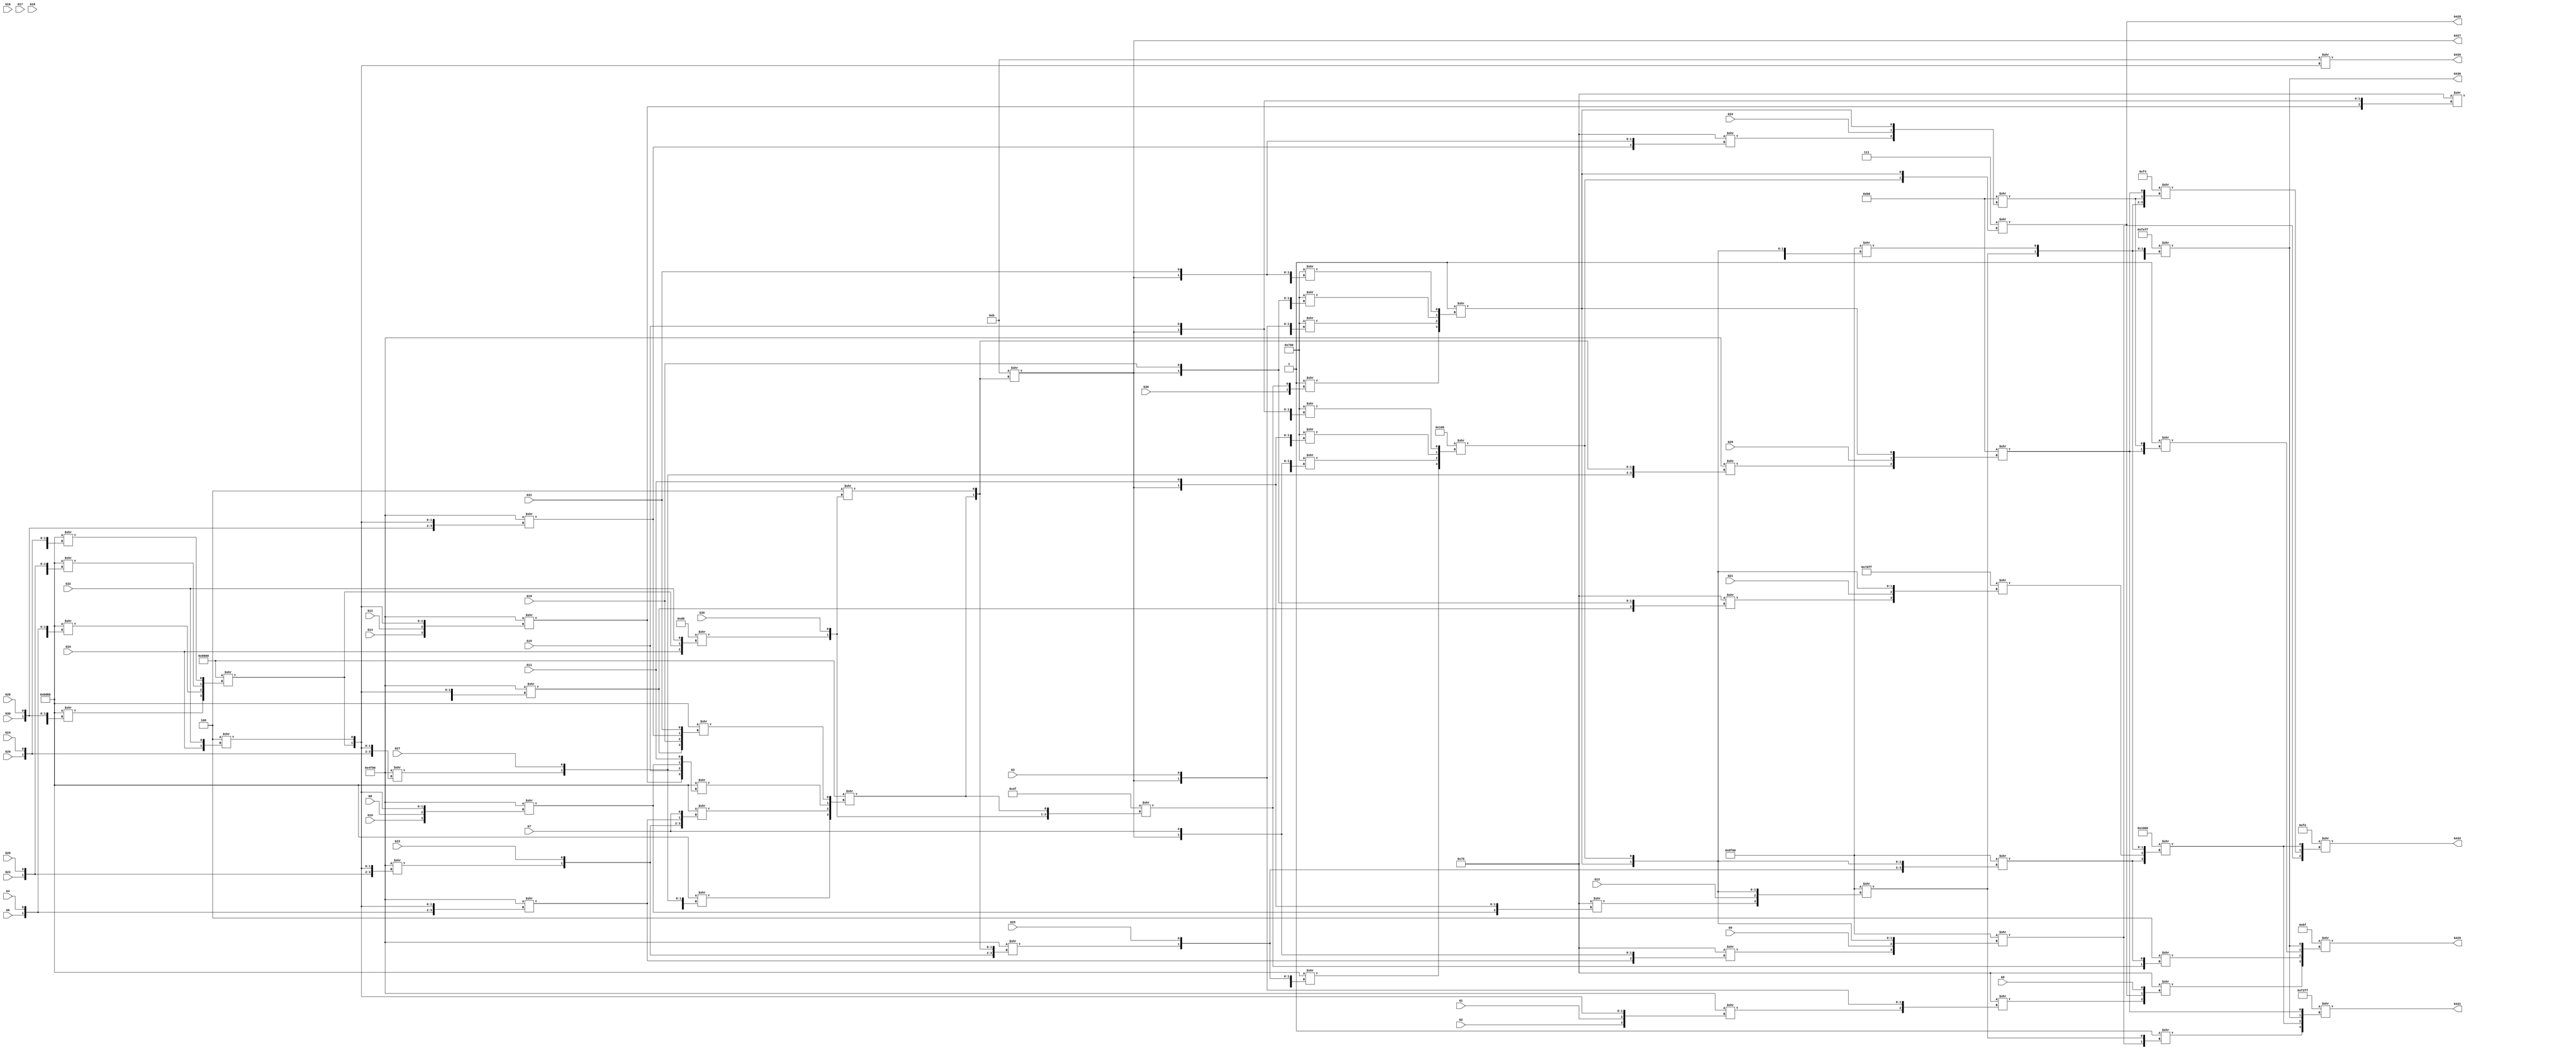
/* Generated by Yosys 0.9 (git sha1 1979e0b) */

(* src = "designs/c432.v:1" *)
module c432(G1, G10, G11, G12, G13, G14, G15, G16, G17, G18, G19, G2, G20, G21, G22, G23, G24, G25, G26, G27, G28, G29, G3, G30, G31, G32, G33, G34, G35, G36, G4, G426, G427, G428, G429, G430, G431, G432, G5, G6, G7, G8, G9);
  wire _000_;
  wire _001_;
  wire _002_;
  wire _003_;
  wire _004_;
  wire _005_;
  wire _006_;
  wire _007_;
  wire _008_;
  wire _009_;
  wire _010_;
  wire _011_;
  wire _012_;
  wire _013_;
  wire _014_;
  wire _015_;
  wire _016_;
  wire _017_;
  wire _018_;
  wire _019_;
  wire _020_;
  wire _021_;
  wire _022_;
  wire _023_;
  wire _024_;
  wire _025_;
  wire _026_;
  wire _027_;
  wire _028_;
  wire _029_;
  wire _030_;
  wire _031_;
  wire _032_;
  wire _033_;
  wire _034_;
  wire _035_;
  wire _036_;
  wire _037_;
  wire _038_;
  wire _039_;
  wire _040_;
  wire _041_;
  wire _042_;
  wire _043_;
  wire _044_;
  wire _045_;
  wire _046_;
  wire _047_;
  wire _048_;
  wire _049_;
  wire _050_;
  wire _051_;
  wire _052_;
  wire _053_;
  wire _054_;
  wire _055_;
  wire _056_;
  wire _057_;
  wire _058_;
  wire _059_;
  wire _060_;
  wire _061_;
  wire _062_;
  wire _063_;
  wire _064_;
  wire _065_;
  wire _066_;
  wire _067_;
  wire _068_;
  wire _069_;
  wire _070_;
  wire _071_;
  wire _072_;
  wire _073_;
  wire _074_;
  wire _075_;
  wire _076_;
  wire _077_;
  wire _078_;
  wire _079_;
  wire _080_;
  wire _081_;
  wire _082_;
  wire _083_;
  wire _084_;
  wire _085_;
  wire _086_;
  wire _087_;
  wire _088_;
  wire _089_;
  wire _090_;
  wire _091_;
  wire _092_;
  wire _093_;
  wire _094_;
  wire _095_;
  wire _096_;
  wire _097_;
  wire _098_;
  wire _099_;
  wire _100_;
  wire _101_;
  wire _102_;
  wire _103_;
  wire _104_;
  wire _105_;
  wire _106_;
  wire _107_;
  wire _108_;
  wire _109_;
  wire _110_;
  wire _111_;
  wire _112_;
  wire _113_;
  wire _114_;
  wire _115_;
  wire _116_;
  wire _117_;
  wire _118_;
  wire _119_;
  wire _120_;
  wire _121_;
  wire _122_;
  wire _123_;
  wire _124_;
  wire _125_;
  wire _126_;
  wire _127_;
  wire _128_;
  wire _129_;
  wire _130_;
  wire _131_;
  wire _132_;
  wire _133_;
  wire _134_;
  wire _135_;
  wire _136_;
  wire _137_;
  wire _138_;
  wire _139_;
  wire _140_;
  wire _141_;
  wire _142_;
  wire _143_;
  wire _144_;
  wire _145_;
  wire _146_;
  wire _147_;
  wire _148_;
  wire _149_;
  (* src = "designs/c432.v:4" *)
  wire _150_;
  (* src = "designs/c432.v:4" *)
  wire _151_;
  (* src = "designs/c432.v:4" *)
  wire _152_;
  (* src = "designs/c432.v:4" *)
  wire _153_;
  (* src = "designs/c432.v:4" *)
  wire _154_;
  (* src = "designs/c432.v:4" *)
  wire _155_;
  (* src = "designs/c432.v:4" *)
  wire _156_;
  (* src = "designs/c432.v:4" *)
  wire _157_;
  (* src = "designs/c432.v:4" *)
  wire _158_;
  (* src = "designs/c432.v:4" *)
  wire _159_;
  (* src = "designs/c432.v:4" *)
  wire _160_;
  (* src = "designs/c432.v:4" *)
  wire _161_;
  (* src = "designs/c432.v:4" *)
  wire _162_;
  (* src = "designs/c432.v:4" *)
  wire _163_;
  (* src = "designs/c432.v:4" *)
  wire _164_;
  (* src = "designs/c432.v:4" *)
  wire _165_;
  (* src = "designs/c432.v:4" *)
  wire _166_;
  (* src = "designs/c432.v:4" *)
  wire _167_;
  (* src = "designs/c432.v:4" *)
  wire _168_;
  (* src = "designs/c432.v:4" *)
  wire _169_;
  (* src = "designs/c432.v:4" *)
  wire _170_;
  (* src = "designs/c432.v:4" *)
  wire _171_;
  (* src = "designs/c432.v:4" *)
  wire _172_;
  (* src = "designs/c432.v:4" *)
  wire _173_;
  (* src = "designs/c432.v:4" *)
  wire _174_;
  (* src = "designs/c432.v:4" *)
  wire _175_;
  (* src = "designs/c432.v:4" *)
  wire _176_;
  (* src = "designs/c432.v:4" *)
  wire _177_;
  (* src = "designs/c432.v:4" *)
  wire _178_;
  (* src = "designs/c432.v:4" *)
  wire _179_;
  (* src = "designs/c432.v:4" *)
  wire _180_;
  (* src = "designs/c432.v:6" *)
  wire _181_;
  (* src = "designs/c432.v:6" *)
  wire _182_;
  (* src = "designs/c432.v:6" *)
  wire _183_;
  (* src = "designs/c432.v:6" *)
  wire _184_;
  (* src = "designs/c432.v:6" *)
  wire _185_;
  (* src = "designs/c432.v:6" *)
  wire _186_;
  (* src = "designs/c432.v:6" *)
  wire _187_;
  (* src = "designs/c432.v:4" *)
  wire _188_;
  (* src = "designs/c432.v:4" *)
  wire _189_;
  (* src = "designs/c432.v:4" *)
  wire _190_;
  (* src = "designs/c432.v:4" *)
  wire _191_;
  (* src = "designs/c432.v:4" *)
  wire _192_;
  wire _193_;
  wire _194_;
  wire _195_;
  wire _196_;
  wire _197_;
  wire _198_;
  wire _199_;
  wire _200_;
  wire _201_;
  wire _202_;
  wire _203_;
  wire _204_;
  wire _205_;
  wire _206_;
  wire _207_;
  wire _208_;
  wire _209_;
  wire _210_;
  wire _211_;
  wire _212_;
  wire _213_;
  wire _214_;
  wire _215_;
  wire _216_;
  wire _217_;
  wire _218_;
  wire _219_;
  wire _220_;
  wire _221_;
  wire _222_;
  wire _223_;
  wire _224_;
  wire _225_;
  wire _226_;
  wire _227_;
  wire _228_;
  wire _229_;
  wire _230_;
  wire _231_;
  wire _232_;
  wire _233_;
  wire _234_;
  wire _235_;
  wire _236_;
  wire _237_;
  wire _238_;
  wire _239_;
  wire _240_;
  wire _241_;
  wire _242_;
  wire _243_;
  wire _244_;
  wire _245_;
  (* src = "designs/c432.v:4" *)
  input G1;
  (* src = "designs/c432.v:4" *)
  input G10;
  (* src = "designs/c432.v:4" *)
  input G11;
  (* src = "designs/c432.v:4" *)
  input G12;
  (* src = "designs/c432.v:4" *)
  input G13;
  (* src = "designs/c432.v:4" *)
  input G14;
  (* src = "designs/c432.v:4" *)
  input G15;
  (* src = "designs/c432.v:4" *)
  input G16;
  (* src = "designs/c432.v:4" *)
  input G17;
  (* src = "designs/c432.v:4" *)
  input G18;
  (* src = "designs/c432.v:4" *)
  input G19;
  (* src = "designs/c432.v:4" *)
  input G2;
  (* src = "designs/c432.v:4" *)
  input G20;
  (* src = "designs/c432.v:8" *)
  wire G203;
  (* src = "designs/c432.v:4" *)
  input G21;
  (* src = "designs/c432.v:8" *)
  wire G213;
  (* src = "designs/c432.v:4" *)
  input G22;
  (* src = "designs/c432.v:4" *)
  input G23;
  (* src = "designs/c432.v:4" *)
  input G24;
  (* src = "designs/c432.v:4" *)
  input G25;
  (* src = "designs/c432.v:4" *)
  input G26;
  (* src = "designs/c432.v:4" *)
  input G27;
  (* src = "designs/c432.v:4" *)
  input G28;
  (* src = "designs/c432.v:4" *)
  input G29;
  (* src = "designs/c432.v:4" *)
  input G3;
  (* src = "designs/c432.v:4" *)
  input G30;
  (* src = "designs/c432.v:8" *)
  wire G308;
  (* src = "designs/c432.v:4" *)
  input G31;
  (* src = "designs/c432.v:8" *)
  wire G318;
  (* src = "designs/c432.v:4" *)
  input G32;
  (* src = "designs/c432.v:4" *)
  input G33;
  (* src = "designs/c432.v:4" *)
  input G34;
  (* src = "designs/c432.v:4" *)
  input G35;
  (* src = "designs/c432.v:8" *)
  wire G358;
  (* src = "designs/c432.v:4" *)
  input G36;
  (* src = "designs/c432.v:4" *)
  input G4;
  (* src = "designs/c432.v:6" *)
  output G426;
  (* src = "designs/c432.v:6" *)
  output G427;
  (* src = "designs/c432.v:6" *)
  output G428;
  (* src = "designs/c432.v:6" *)
  output G429;
  (* src = "designs/c432.v:6" *)
  output G430;
  (* src = "designs/c432.v:6" *)
  output G431;
  (* src = "designs/c432.v:6" *)
  output G432;
  (* src = "designs/c432.v:4" *)
  input G5;
  (* src = "designs/c432.v:4" *)
  input G6;
  (* src = "designs/c432.v:4" *)
  input G7;
  (* src = "designs/c432.v:4" *)
  input G8;
  (* src = "designs/c432.v:4" *)
  input G9;
  assign _182_ = 4'hb >> { _196_, _215_ };
  assign _196_ = 16'h8000 >> { _212_, _209_, _206_, _197_ };
  assign _197_ = 16'hb0bb >> { _198_, _160_, _205_, _174_ };
  assign _198_ = 16'h4f00 >> { _159_, _157_, _199_, _204_ };
  assign _199_ = 16'h8000 >> { _203_, _202_, _201_, _200_ };
  assign _200_ = 16'hb0bb >> { _155_, _153_, _168_, _166_ };
  assign _201_ = 16'hb0bb >> { _151_, _191_, _164_, _162_ };
  assign _202_ = 16'hb0bb >> { _161_, _150_, _189_, _180_ };
  assign _203_ = 16'hb0bb >> { _159_, _157_, _173_, _170_ };
  assign _204_ = 4'h4 >> { _177_, _175_ };
  assign _205_ = 16'h4f00 >> { _173_, _170_, _199_, _204_ };
  assign _206_ = 16'hb0bb >> { _207_, _156_, _208_, _152_ };
  assign _207_ = 16'h4f00 >> { _155_, _153_, _199_, _204_ };
  assign _208_ = 16'h4f00 >> { _151_, _191_, _199_, _204_ };
  assign _209_ = 16'hb0bb >> { _210_, _165_, _211_, _190_ };
  assign _210_ = 16'h4f00 >> { _164_, _162_, _199_, _204_ };
  assign _211_ = 16'h4f00 >> { _189_, _180_, _199_, _204_ };
  assign _212_ = 16'hb0bb >> { _213_, _172_, _214_, _169_ };
  assign _213_ = 16'h4f00 >> { _161_, _150_, _199_, _204_ };
  assign _214_ = 16'h4f00 >> { _168_, _166_, _199_, _204_ };
  assign _215_ = 4'h4 >> { _216_, _178_ };
  assign _216_ = 8'hd0 >> { _177_, _199_, _175_ };
  assign _183_ = 4'h7 >> { _223_, _217_ };
  assign _217_ = 16'h0001 >> { _221_, _220_, _219_, _218_ };
  assign _218_ = 16'h0700 >> { _205_, _176_, _182_, _174_ };
  assign _219_ = 16'h0700 >> { _198_, _163_, _182_, _160_ };
  assign _220_ = 16'h0700 >> { _213_, _188_, _182_, _172_ };
  assign _221_ = 4'h1 >> { _179_, _222_ };
  assign _222_ = 8'h4f >> { _216_, _178_, _196_ };
  assign _223_ = 16'h0100 >> { _227_, _226_, _225_, _224_ };
  assign _224_ = 16'h0700 >> { _207_, _158_, _182_, _156_ };
  assign _225_ = 16'h0700 >> { _208_, _154_, _182_, _152_ };
  assign _226_ = 16'h0700 >> { _211_, _192_, _182_, _190_ };
  assign _227_ = 16'hb0bb >> { _228_, _171_, _229_, _167_ };
  assign _228_ = 16'h4f00 >> { _214_, _169_, _196_, _215_ };
  assign _229_ = 16'h4f00 >> { _210_, _165_, _196_, _215_ };
  assign _181_ = 4'hb >> { _199_, _204_ };
  assign _184_ = 16'h00bf >> { _244_, _238_, _240_, _185_ };
  assign _185_ = 16'hfeff >> { _232_, _236_, _234_, _230_ };
  assign _230_ = 16'h8f00 >> { _231_, _158_, _217_, _223_ };
  assign _231_ = 8'h70 >> { _207_, _182_, _156_ };
  assign _232_ = 16'h70ff >> { _233_, _163_, _217_, _223_ };
  assign _233_ = 8'h70 >> { _198_, _182_, _160_ };
  assign _234_ = 16'h8f00 >> { _235_, _154_, _217_, _223_ };
  assign _235_ = 8'h70 >> { _208_, _182_, _152_ };
  assign _236_ = 16'h8f00 >> { _237_, _192_, _217_, _223_ };
  assign _237_ = 8'h70 >> { _211_, _182_, _190_ };
  assign _238_ = 4'h4 >> { _222_, _239_ };
  assign _239_ = 16'h8f00 >> { _229_, _167_, _217_, _223_ };
  assign _240_ = 4'h1 >> { _243_, _241_ };
  assign _241_ = 8'hb0 >> { _242_, _176_, _217_ };
  assign _242_ = 8'h70 >> { _205_, _182_, _174_ };
  assign _243_ = 8'hb0 >> { _228_, _171_, _217_ };
  assign _244_ = 8'h70 >> { _245_, _183_, _188_ };
  assign _245_ = 8'h70 >> { _213_, _182_, _172_ };
  assign _186_ = 16'hf2ff >> { _194_, _193_, _185_, _243_ };
  assign _193_ = 16'h1000 >> { _239_, _232_, _234_, _230_ };
  assign _194_ = 4'h1 >> { _236_, _234_ };
  assign _187_ = 8'hfe >> { _236_, _195_, _193_ };
  assign _195_ = 16'h00f4 >> { _234_, _230_, _241_, _243_ };
  assign G203 = G426;
  assign G213 = G426;
  assign G308 = G427;
  assign G318 = G427;
  assign G358 = G428;
  assign _150_ = G1;
  assign _161_ = G2;
  assign _189_ = G6;
  assign _180_ = G4;
  assign _151_ = G10;
  assign _191_ = G8;
  assign _155_ = G14;
  assign _153_ = G12;
  assign _159_ = G18;
  assign _157_ = G16;
  assign _164_ = G22;
  assign _162_ = G20;
  assign _168_ = G26;
  assign _166_ = G24;
  assign _173_ = G30;
  assign _170_ = G28;
  assign _177_ = G34;
  assign _175_ = G32;
  assign _172_ = G3;
  assign _190_ = G7;
  assign _152_ = G11;
  assign _156_ = G15;
  assign _160_ = G19;
  assign _165_ = G23;
  assign _169_ = G27;
  assign _174_ = G31;
  assign _178_ = G35;
  assign G427 = _182_;
  assign _188_ = G5;
  assign _192_ = G9;
  assign _154_ = G13;
  assign _158_ = G17;
  assign _163_ = G21;
  assign _167_ = G25;
  assign _171_ = G29;
  assign _176_ = G33;
  assign _179_ = G36;
  assign G428 = _183_;
  assign G426 = _181_;
  assign G429 = _184_;
  assign G430 = _185_;
  assign G431 = _186_;
  assign G432 = _187_;
endmodule